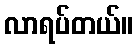
လာရပ်တယ်။